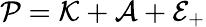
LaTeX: {\mathcal P}={\mathcal K}+\mathcal{A}+{\mathcal E}_{+}